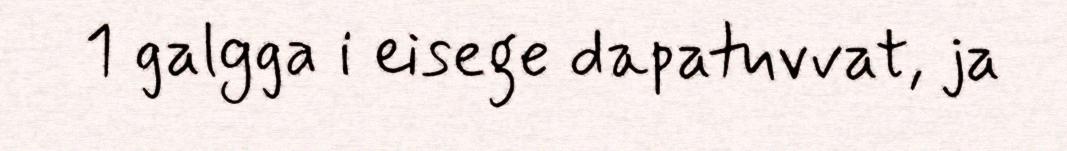
1 galgga i eisege dapatuvvat, ja